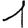
Digit: 1